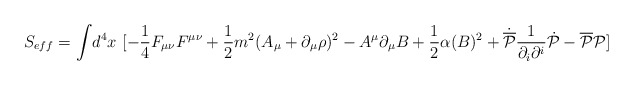
\begin{align*}S_{eff} = \int\!d^4x~[ -\frac{1}{4}F_{\mu \nu}F^{\mu \nu} + \frac{1}{2} m^{2} ( A_{\mu} + \partial_\mu \rho )^2 - A^{\mu}\partial_{\mu}B + \frac{1}{2}\alpha (B)^2+ \dot{{\overline{\cal P}}} \frac{1}{\partial_{i}\partial^{i}} \dot{{\cal P}} -{\overline{\cal P}}{\cal P} ]\end{align*}